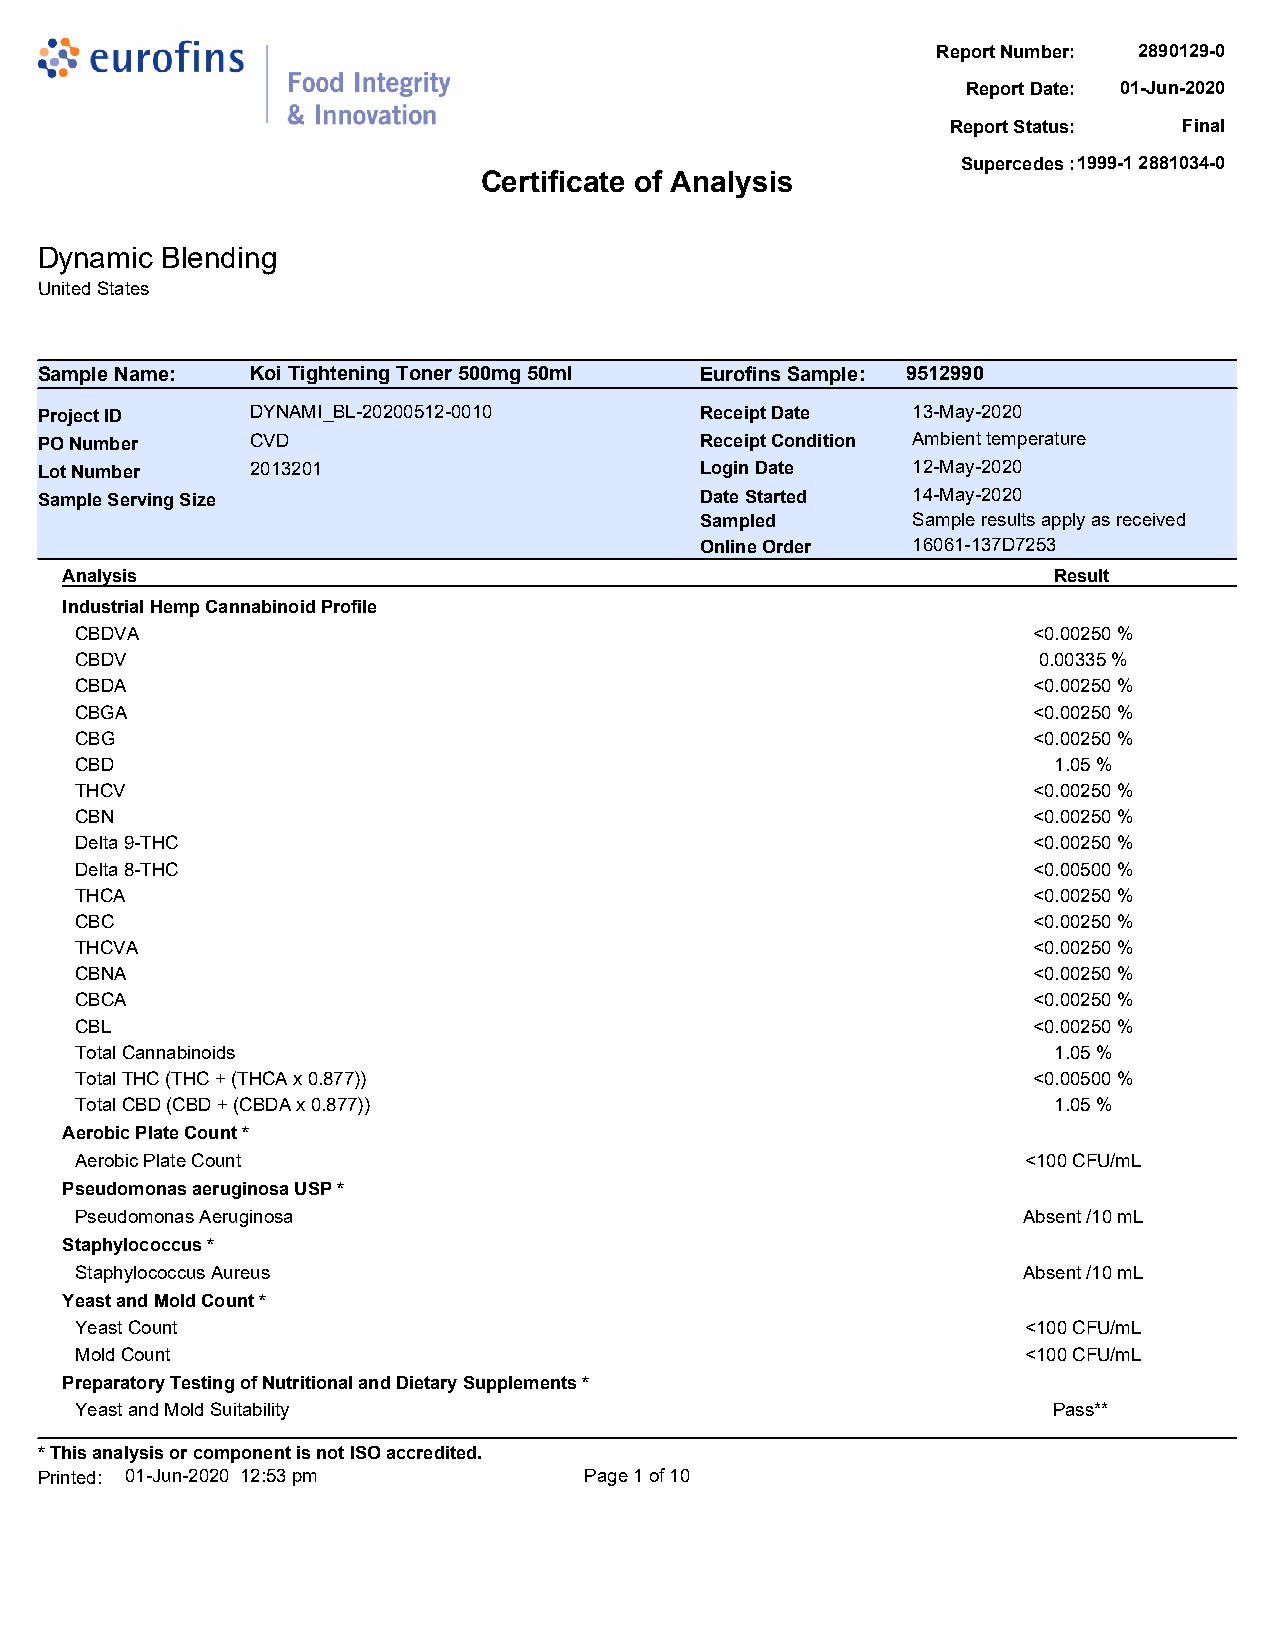
Report Number: 2890129-0
 Report Date: 01-Jun-2020
 Report Status: Final
 Supercede2s8 8:1999-1 2881034-0
 Certificate of Analysis
 Dynamic  Blending
 United States
 Sample Name:   Koi Tightening Toner 500mg 50ml Eurofins Sample: 9512990
 Project ID     DYNAMI_BL-20200512-0010      Receipt Date  13-May-2020
 PO Number      CVD                          Receipt Condition Ambient temperature
 Lot Number     2013201                      Login Date    12-May-2020
 Sample Serving Size                         Date Started  14-May-2020
 Sampled       Sample results apply as received
 Online Order  16061-137D7253
 Analysis                                                          Result
 Industrial Hemp Cannabinoid Profile
 CBDVA                                                          <0.00250 %
 CBDV                                                            0.00335 %
 CBDA                                                           <0.00250 %
 CBGA                                                           <0.00250 %
 CBG                                                            <0.00250 %
 CBD                                                              1.05 %
 THCV                                                           <0.00250 %
 CBN                                                            <0.00250 %
 Delta 9-THC                                                    <0.00250 %
 Delta 8-THC                                                    <0.00500 %
 THCA                                                           <0.00250 %
 CBC                                                            <0.00250 %
 THCVA                                                          <0.00250 %
 CBNA                                                           <0.00250 %
 CBCA                                                           <0.00250 %
 CBL                                                            <0.00250 %
 Total Cannabinoids                                               1.05 %
 Total THC (THC + (THCA x 0.877))                               <0.00500 %
 Total CBD (CBD + (CBDA x 0.877))                                 1.05 %
 Aerobic Plate Count *
 Aerobic Plate Count                                            <100 CFU/mL
 Pseudomonas aeruginosa USP *
 Pseudomonas Aeruginosa                                         Absent /10 mL
 Staphylococcus *
 Staphylococcus Aureus                                          Absent /10 mL
 Yeast and Mold Count *
 Yeast Count                                                    <100 CFU/mL
 Mold Count                                                     <100 CFU/mL
 Preparatory Testing of Nutritional and Dietary Supplements *
 Yeast and Mold Suitability                                       Pass**
 * This analysis or component is not ISO accredited.
 Printed: 01-Jun-2020 12:53 pm        Page 1 of 10